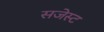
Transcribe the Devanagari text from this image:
सजेस्ट